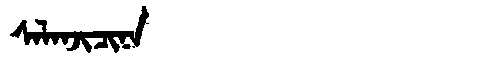
Manchu: ᠰᠠᠯᠠᠨᠵᡳᠴᡳᠨᠠ
Romanization: SALANJICINA